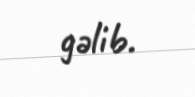
gəlib.